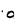
Character: o